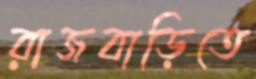
রাজবাড়িতে